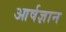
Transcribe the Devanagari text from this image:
आर्षज्ञान